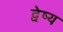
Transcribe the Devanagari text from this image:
द्वेष्य